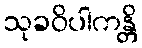
သုခဝိပါကန္တိ